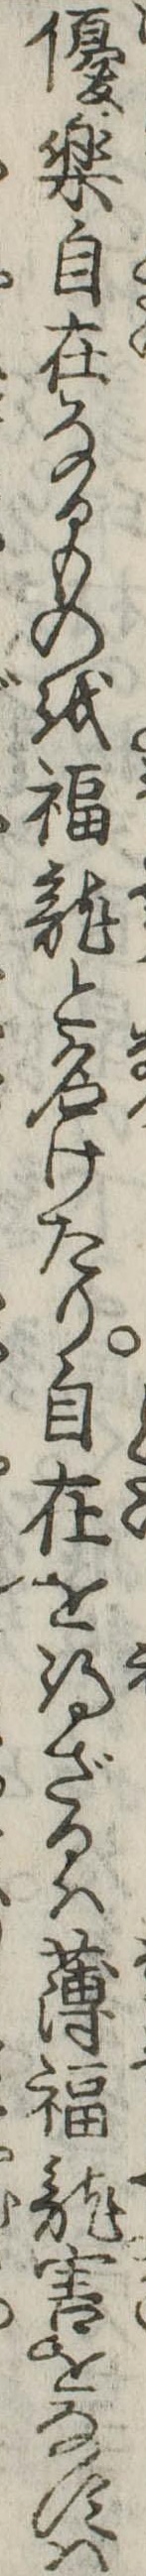
優楽自在なるものを福竜と名けたり自在を得ざるは薄福竜害をなすは